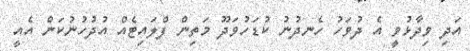
އަދި ވިދާޅުވީ އެ ދުވަހު ހެނދުނު ކުޑަހުވަދޫ މަތިން ފްލައިޓެއް އުދުހުނުކަން އެއީ